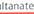
ultanate